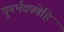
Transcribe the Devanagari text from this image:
पुनर्भवपणेहि